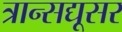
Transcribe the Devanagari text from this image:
त्रान्सद्यूसर